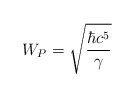
\begin{align*}W_{P} = \sqrt{\frac{\hbar c^{5}}{\gamma}}\end{align*}